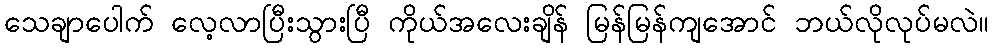
သေချာပေါက် လေ့လာပြီးသွားပြီ ကိုယ်အလေးချိန် မြန်မြန်ကျအောင် ဘယ်လိုလုပ်မလဲ။